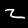
Digit: 2